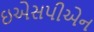
ઇએસપીએન